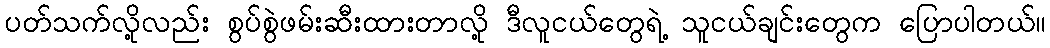
ပတ်သက်လို့လည်း စွပ်စွဲဖမ်းဆီးထားတာလို့ ဒီလူငယ်တွေရဲ့ သူငယ်ချင်းတွေက ပြောပါတယ်။